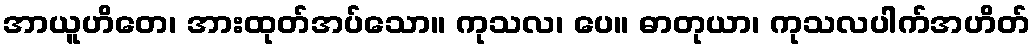
အာယူဟိတေ၊ အားထုတ်အပ်သော။ ကုသလ၊ ပေ။ ဓာတုယာ၊ ကုသလပါက်အဟိတ်